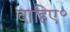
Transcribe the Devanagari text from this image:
चाहिए॰